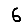
Digit: 6